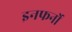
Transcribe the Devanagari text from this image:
इनफर्नो